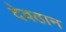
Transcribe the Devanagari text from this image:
देवठान